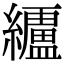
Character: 𮉗